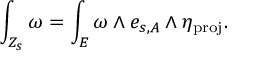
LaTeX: \int _ { Z _ { s } } \omega = \int _ { E } \omega \wedge e _ { s , A } \wedge \eta _ { \mathrm { p r o j } } .